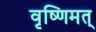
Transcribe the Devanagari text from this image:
वृष्णिमत्